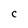
Character: C